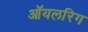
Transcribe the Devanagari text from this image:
ऑयलरिग